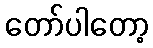
တော်ပါတော့